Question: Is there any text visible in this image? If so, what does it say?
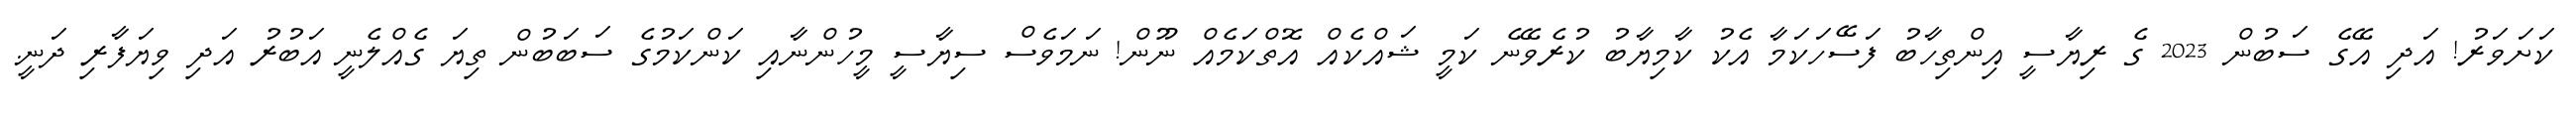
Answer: ކަށަވަރު! އަދި އޭގެ ސަބުން 2023 ގެ ރިޔާސީ އިންތިހާބު ފަސޭހަކަމާ އެކު ކާމިޔާބު ކުރެވޭނެ ކަމީ ޝައްކެއް އޮތްކަމެއް ނޫން! ނަމަވެސް ސިޔާސީ މީހުންނާއި ކަންކަމުގެ ސަބަބުން ތިޔަ ގެއްލެނީ އަބުރު އަދި ވިޔަފާރި ދަނީ.